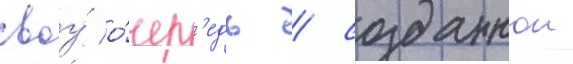
своу́ о́чер'едь / созданнои